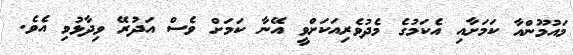
މައުމޫންއާ ކަމަށާއި އެކަމުގެ މެދުވެރިއަކަށްވީ އޭނާ ކަމަށް ވެސް އަދުރޭ ވިދާޅުވި އެވެ.